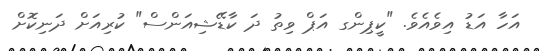
އަހާ އަޑު އިވެއެވެ. "ކީޕިންގ އަޕް ވިތު ދަ ކާޑޭޝިއަންސް" ކުރިއަށް ދަނިކޮށް